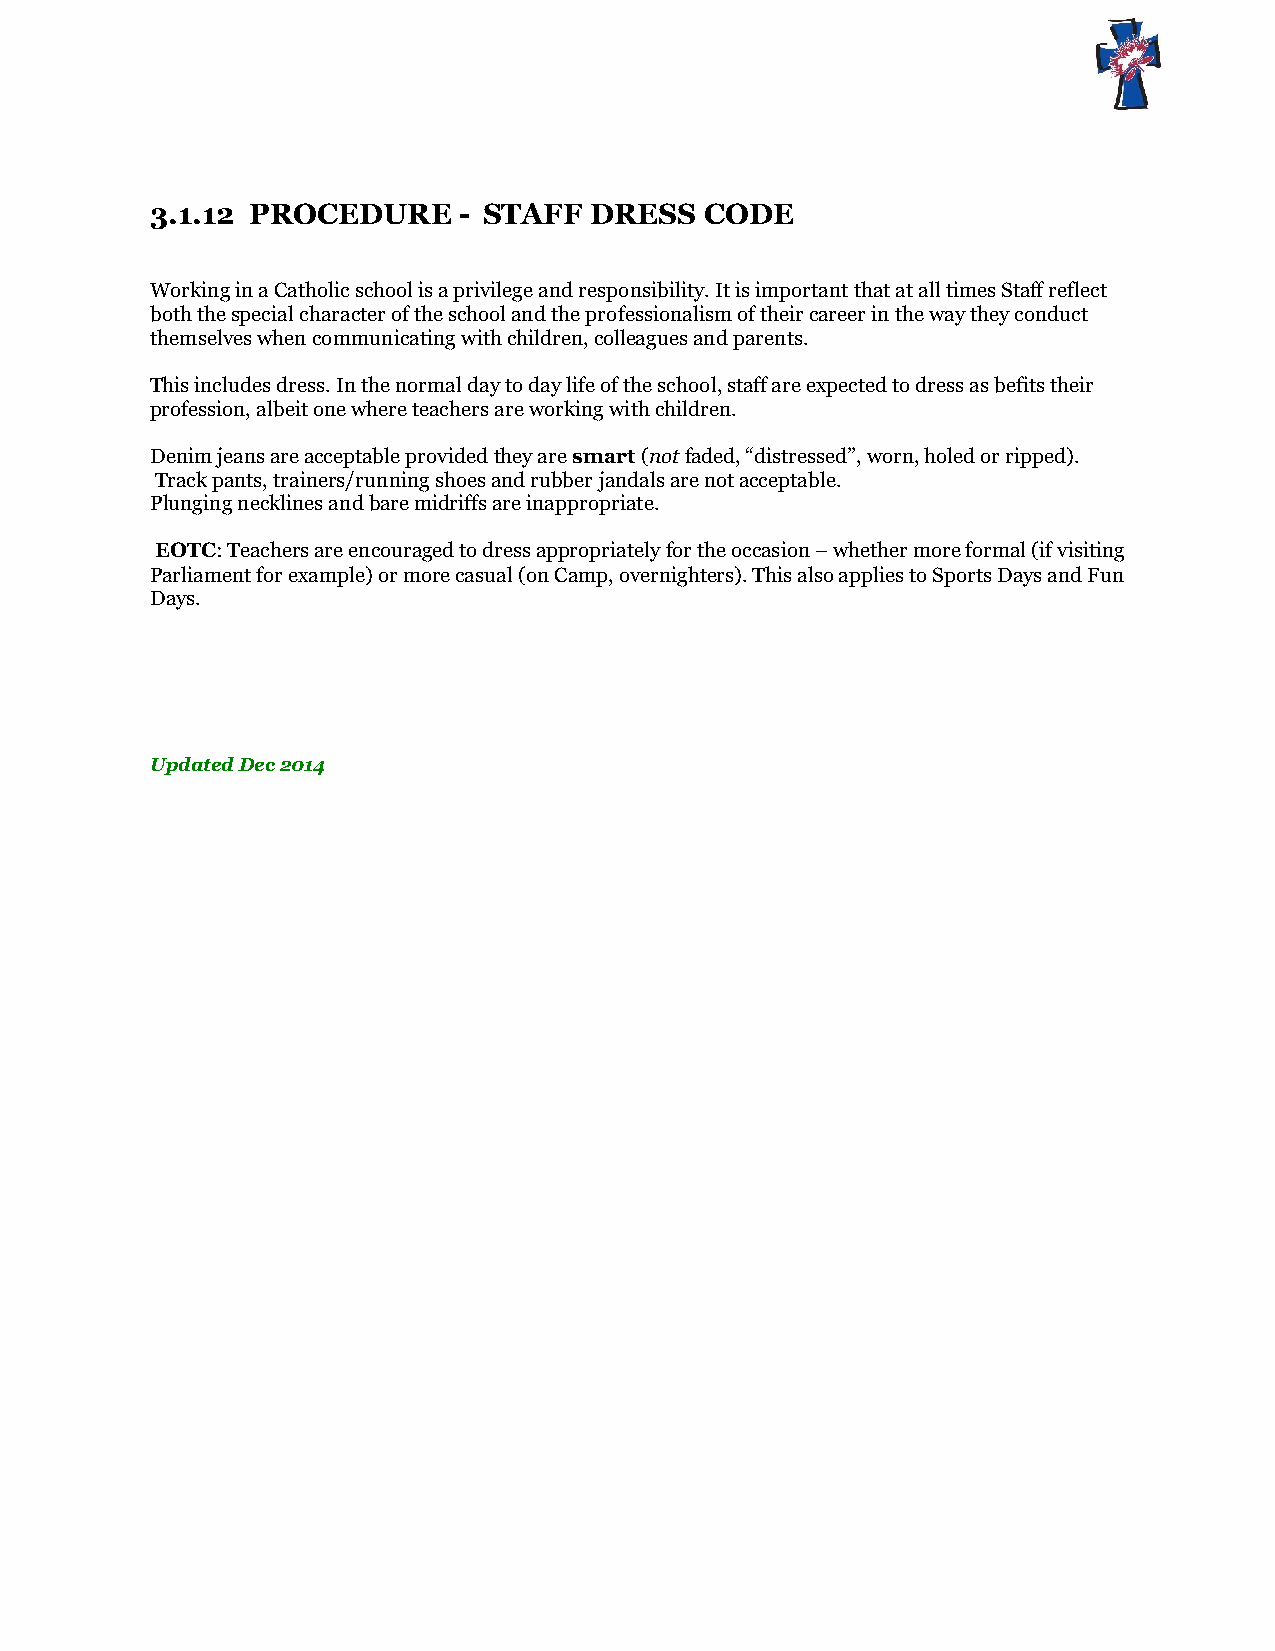
3.1.12 PROCEDURE    - STAFF  DRESS   CODE
 Working in a Catholic school is a privilege and responsibility. It is important that at all times Staff reflect
 both the special character of the school and the professionalism of their career in the way they conduct
 themselves when communicating with children, colleagues and parents.
 This includes dress. In the normal day to day life of the school, staff are expected to dress as befits their
 profession, albeit one where teachers are working with children.
 Denim jeans are acceptable provided they are smart (not faded, “distressed”, worn, holed or ripped).
 Track pants, trainers/running shoes and rubber jandals are not acceptable.
 Plunging necklines and bare midriffs are inappropriate.
 EOTC: Teachers are encouraged to dress appropriately for the occasion – whether more formal (if visiting
 Parliament for example) or more casual (on Camp, overnighters). This also applies to Sports Days and Fun
 Days.
 Updated Dec 2014